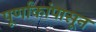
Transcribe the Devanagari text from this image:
पूर्णांकांपासून